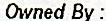
OWNED BY :